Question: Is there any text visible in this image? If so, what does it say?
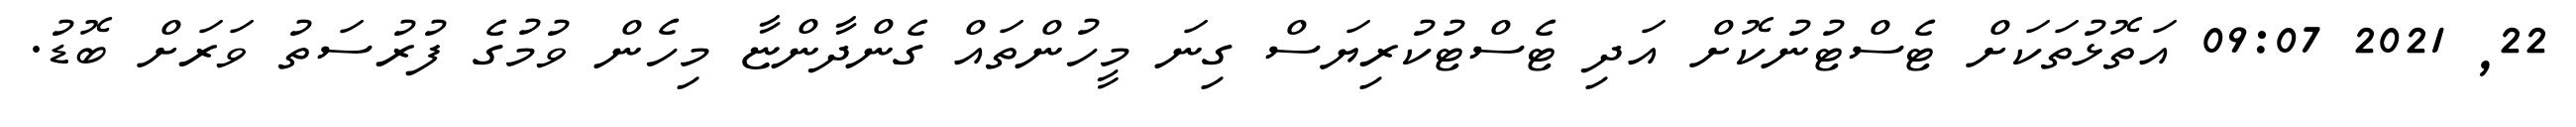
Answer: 22, 2021 09:07 އަތޮޅުތަކަށް ޓެސްޓުނުކޮށް އަދި ޓެސްޓުކުރިޔަސް ގިނަ މީހުންތައް ގެންދާންޏާ މިހެން ވުމުގެ ފުރުސަތު ވަރަށް ބޮޑު.